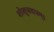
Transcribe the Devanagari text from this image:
शोशुचदघम्।